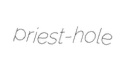
priest-hole